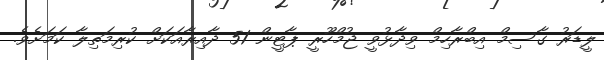
ލީޑަރު ގާސިމް އިބްރާހިމް ވިދާޅުވީ ޖުމްހޫރީ ޕާޓީން 51 ދާއިރާއަކަށް ކުރިމަތިލާ ކަމަށެވެ.